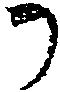
か